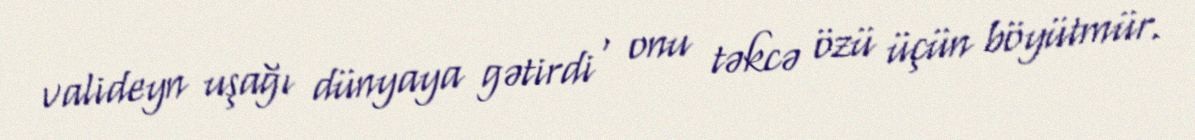
valideyn uşağı dünyaya gətirdi , onu təkcə özü üçün böyütmür.